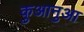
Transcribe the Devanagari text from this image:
कुआनुआ